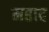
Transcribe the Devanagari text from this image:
महाद